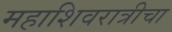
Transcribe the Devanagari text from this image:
महाशिवरात्रीचा